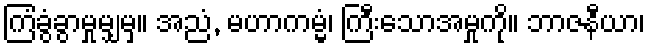
ကြံခွံခွာမှုမျှမှ။ အညံ, မဟာကမ္မံ၊ ကြီးသောအမှုကို။ ဘာဇနီယာ၊